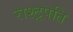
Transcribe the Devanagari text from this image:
राश्ट्रपति